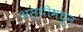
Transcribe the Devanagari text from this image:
अस्थीमधून